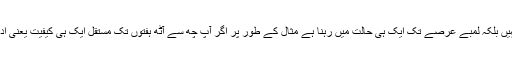
یہ یاد رہے کہ ڈپریشن سے مراد موڈ کا فوری فوری بدلنا نہیں بلکہ لمبے عرصے تک ایک ہی حالت میں رہنا ہے مثال کے طور پر اگر آپ چھ سے آٹھ ہفتوں تک مستقل ایک ہی کیفیت یعنی اداسی یا ملال میں سے نہیں نکلتے تو اسے ڈپریشن کہیں گے۔